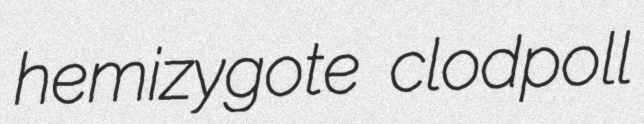
hemizygote clodpoll